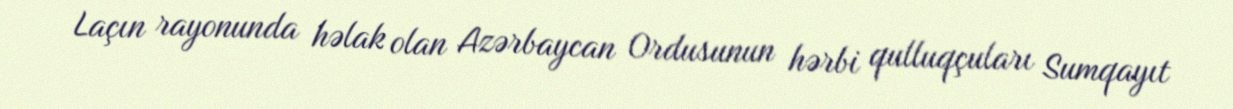
Laçın rayonunda həlak olan Azərbaycan Ordusunun hərbi qulluqçuları Sumqayıt